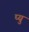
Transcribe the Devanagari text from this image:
प्यु